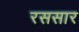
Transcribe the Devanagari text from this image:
रससार